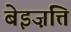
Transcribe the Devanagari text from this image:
बेइज़त्ति